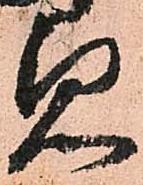
急